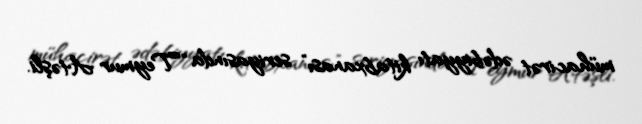
mühacirət ədəbiyyatı kitabxanası” seriyasında “Teymur Atəşli.